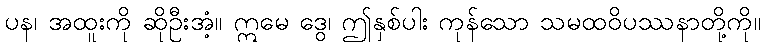
ပန၊ အထူးကို ဆိုဦးအံ့။ ဣမေ ဒွေ၊ ဤနှစ်ပါး ကုန်သော သမထဝိပဿနာတို့ကို။